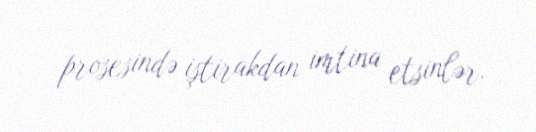
prosesində iştirakdan imtina etsinlər.